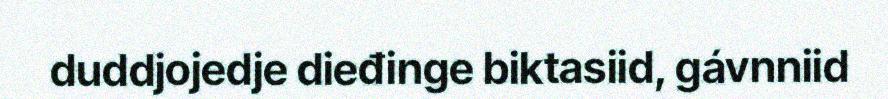
duddjojedje dieđinge biktasiid, gávnniid